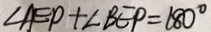
\angle A E P + \angle B E P = 1 8 0 ^ { \circ }